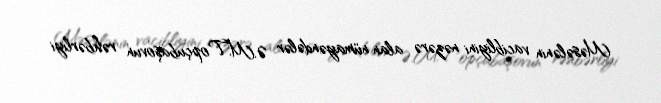
Məsələnin vacibliyini nəzərə alan nümayəndələr Ə.M.Topçubaşovun rəhbərliyi